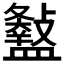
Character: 𥃏